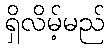
ရှိလိမ့်မည်